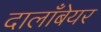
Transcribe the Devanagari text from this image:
दालाँबेयर